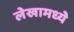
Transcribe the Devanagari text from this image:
लेखामध्येे